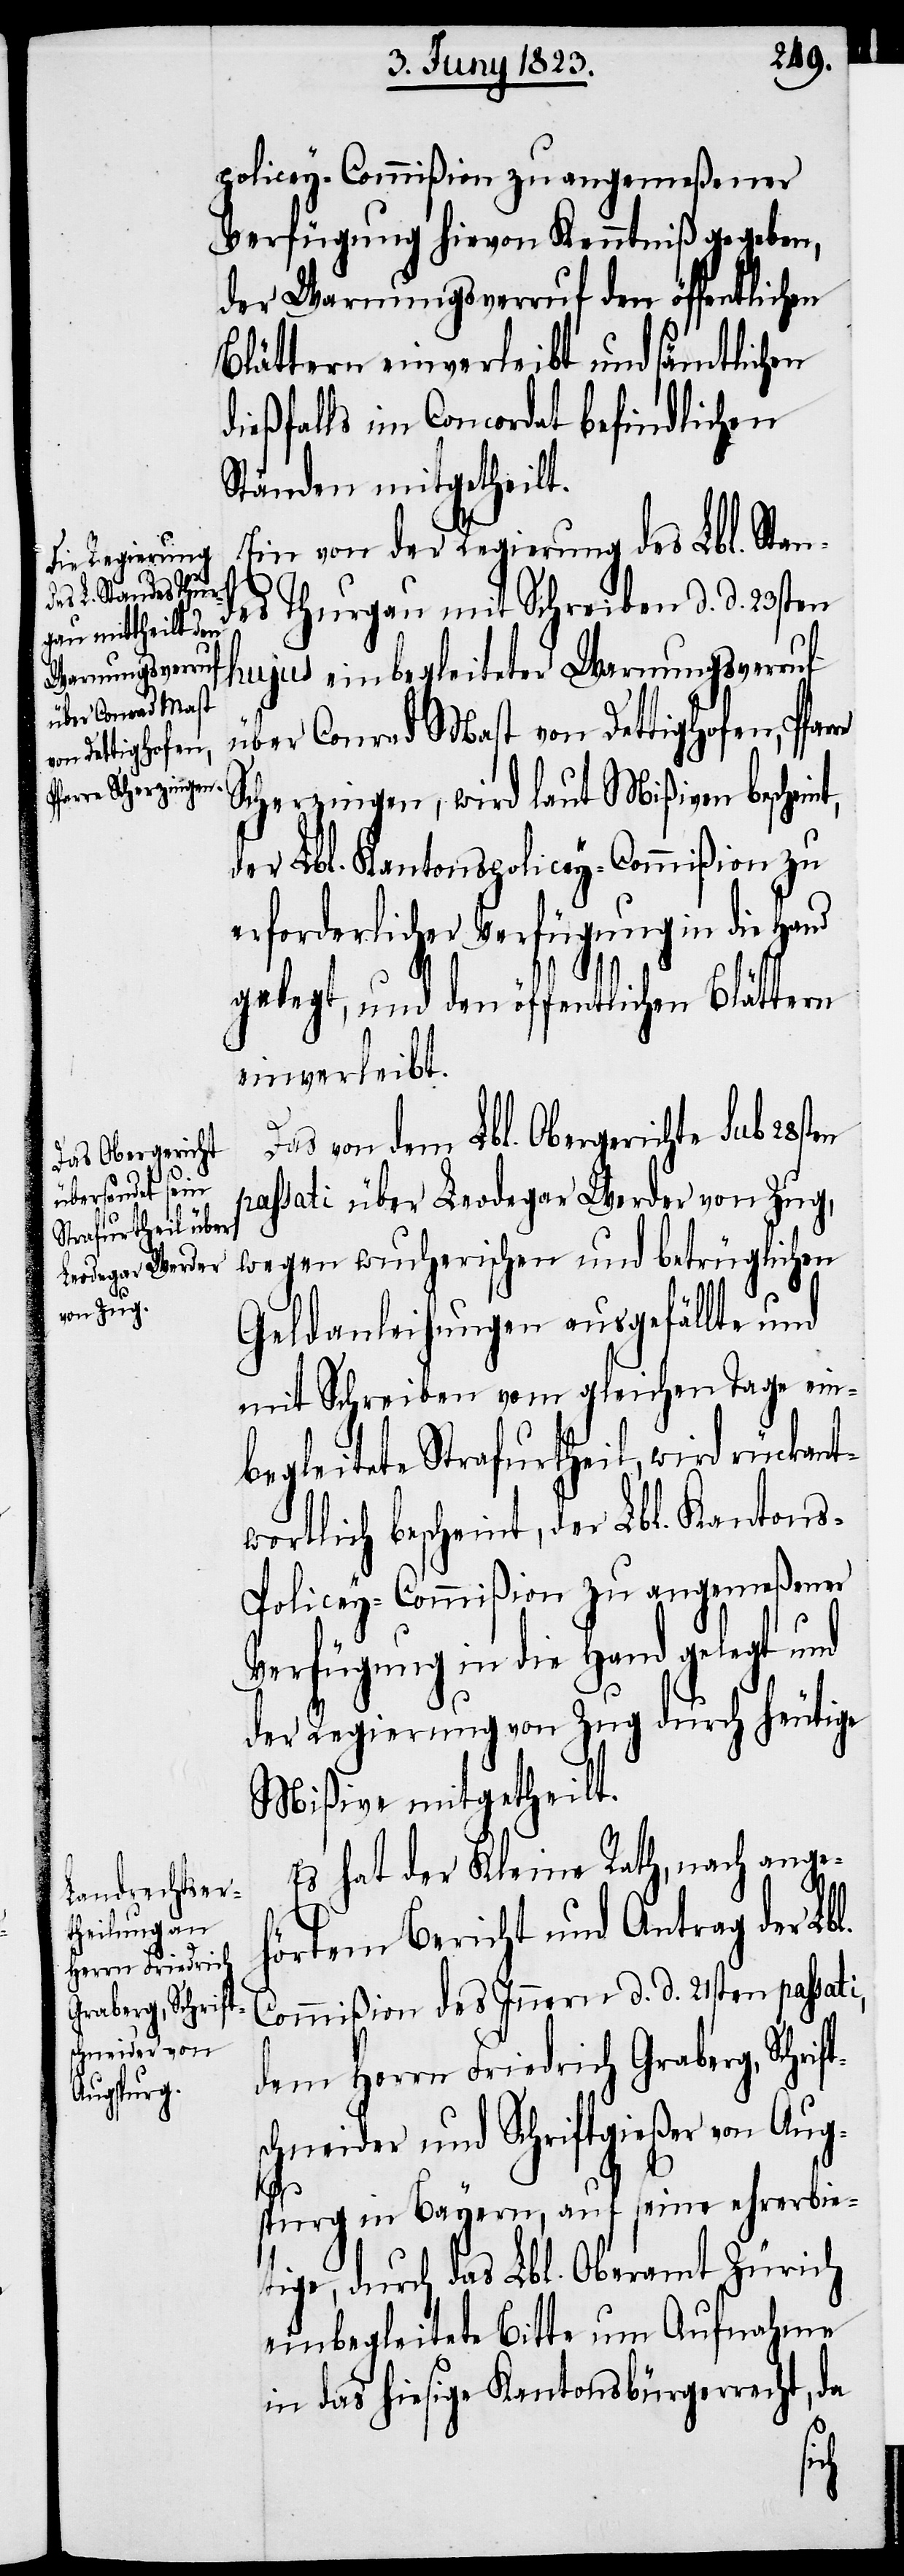
Herrn Friedrich
Graberg, Schrift¬

policey-Commißion zu angemeßener
Verfügung hievon Kenntniß gegeben,
der Warnungsverruf den öffentlichen
Blättern einverleibt und sämtlichen
dießfalls im Concordat befindlichen
Ständen mitgetheilt.
Ein von der Regierung des Lbl. Stan¬
des Thurgau mit Schreiben d. d. 23sten
hujus einbegleiteter Warnungsverruf
über Conrad Mast von Dettighofen, Pfar¬
Scherzingen, wird laut Mißiven beschein¬
der Lbl. Kantonspolicey-Commißion zu
erforderlicher Verfügung in die Ha¬
gelegt, und den öffentlichen Blättern
einverleibt.
Das von dem Lbl. Obergerichte sub 28st¬
passati über Leodegar Werder von Zug,
wegen wucherischen und betrüglichen
Geldanleihungen ausgefällte und
mit Schreiben vom gleichen Tage ein¬
begleitete Strafurtheil, wird rückant¬
wortlich bescheint, der Lbl. Kanton¬
s-Policey-Commißion zu angemeßener
Verfügung in die Hand gelegt und
der Regierung von Zug durch heutige
Mißive mitgetheilt.
Es hat der Kleine Rath, nach ange¬
hörtem Bericht und Antrag der Lbl.
Commißion des Innern d. d. 21sten passati,
schneider und Schriftgießer von Aug¬
spurg in Bayern, auf seine ehrerbie¬
tige, durch das Lbl. Oberamt Zürich
einbegleitete Bitte um Aufnahme
in das hiesige Kantonsbürgerrecht, da
dem